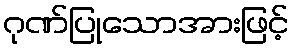
ဂုဏ်ပြုသောအားဖြင့်